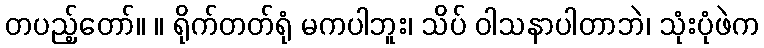
တပည့်တော်။ ။ ရိုက်တတ်ရုံ မကပါဘူး၊ သိပ် ဝါသနာပါတာဘဲ၊ သုံးပုံဖဲက